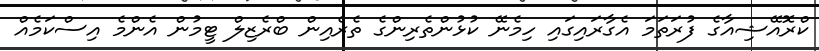
ކްރޮއޭޝިއާގެ ފުރަތަމަ އެގާރައިގައި ހިމެނޭ ކުޅުންތެރިންގެ ތެރެއިން ބްރެޒިލް ޓީމުން އެންމެ އިސްކަމެއް